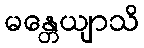
မန္တေယျာသိ